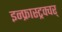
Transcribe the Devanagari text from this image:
इन्फ्रास्ट्रक्चर्